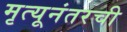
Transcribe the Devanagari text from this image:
मृत्यूनंतरची